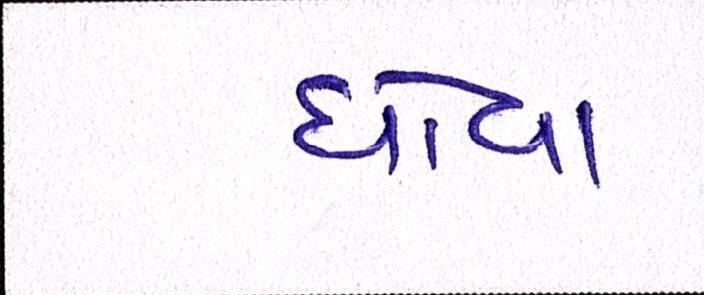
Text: ધોવા